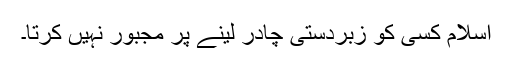
اسلام کسی کو زبردستی چادر لینے پر مجبور نہیں کرتا۔